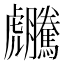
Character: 𧈜